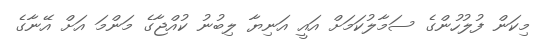
މިކަން ފުލުހުންގެ ސަމާލުކަމަށް އައީ އަނިޔާ ލިބުނު ކުއްޖާގެ މަންމަ އަށް އޭނާގެ